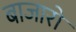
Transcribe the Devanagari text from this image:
बाजारो